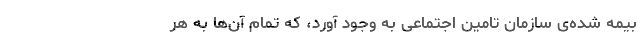
بیمه شده‌ی سازمان تامین اجتماعی به وجود آورد، که تمام آن‌ها به هر